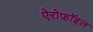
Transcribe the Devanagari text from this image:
ऐरोफ़ॉइल